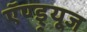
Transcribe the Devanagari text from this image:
ऍण्ड्र्यूज